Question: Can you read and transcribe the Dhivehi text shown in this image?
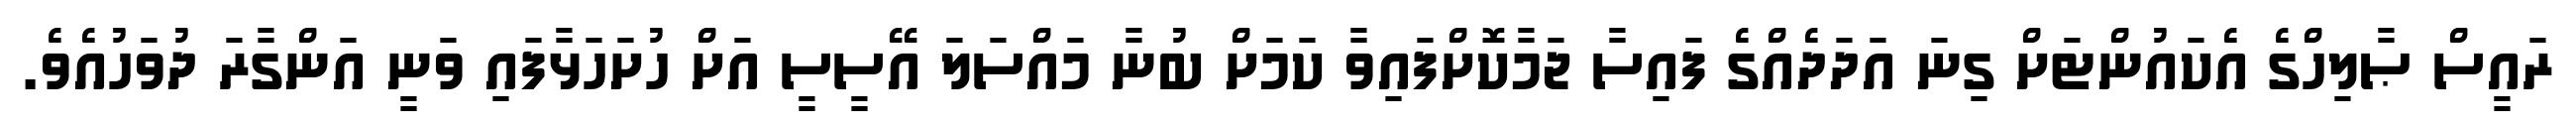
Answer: ރައީސް ޞާލިހްގެ އެކައުންޓަށް ގިނަ އަދަދެއްގެ ފައިސާ ޖަމާކޮށްފައިވާ ކަމަށް ބުނާ މައްސަލަ އޭސީސީ އަށް ހުށަހަޅާފައި ވަނީ އަންގާރަ ދުވަހުއެވެ.